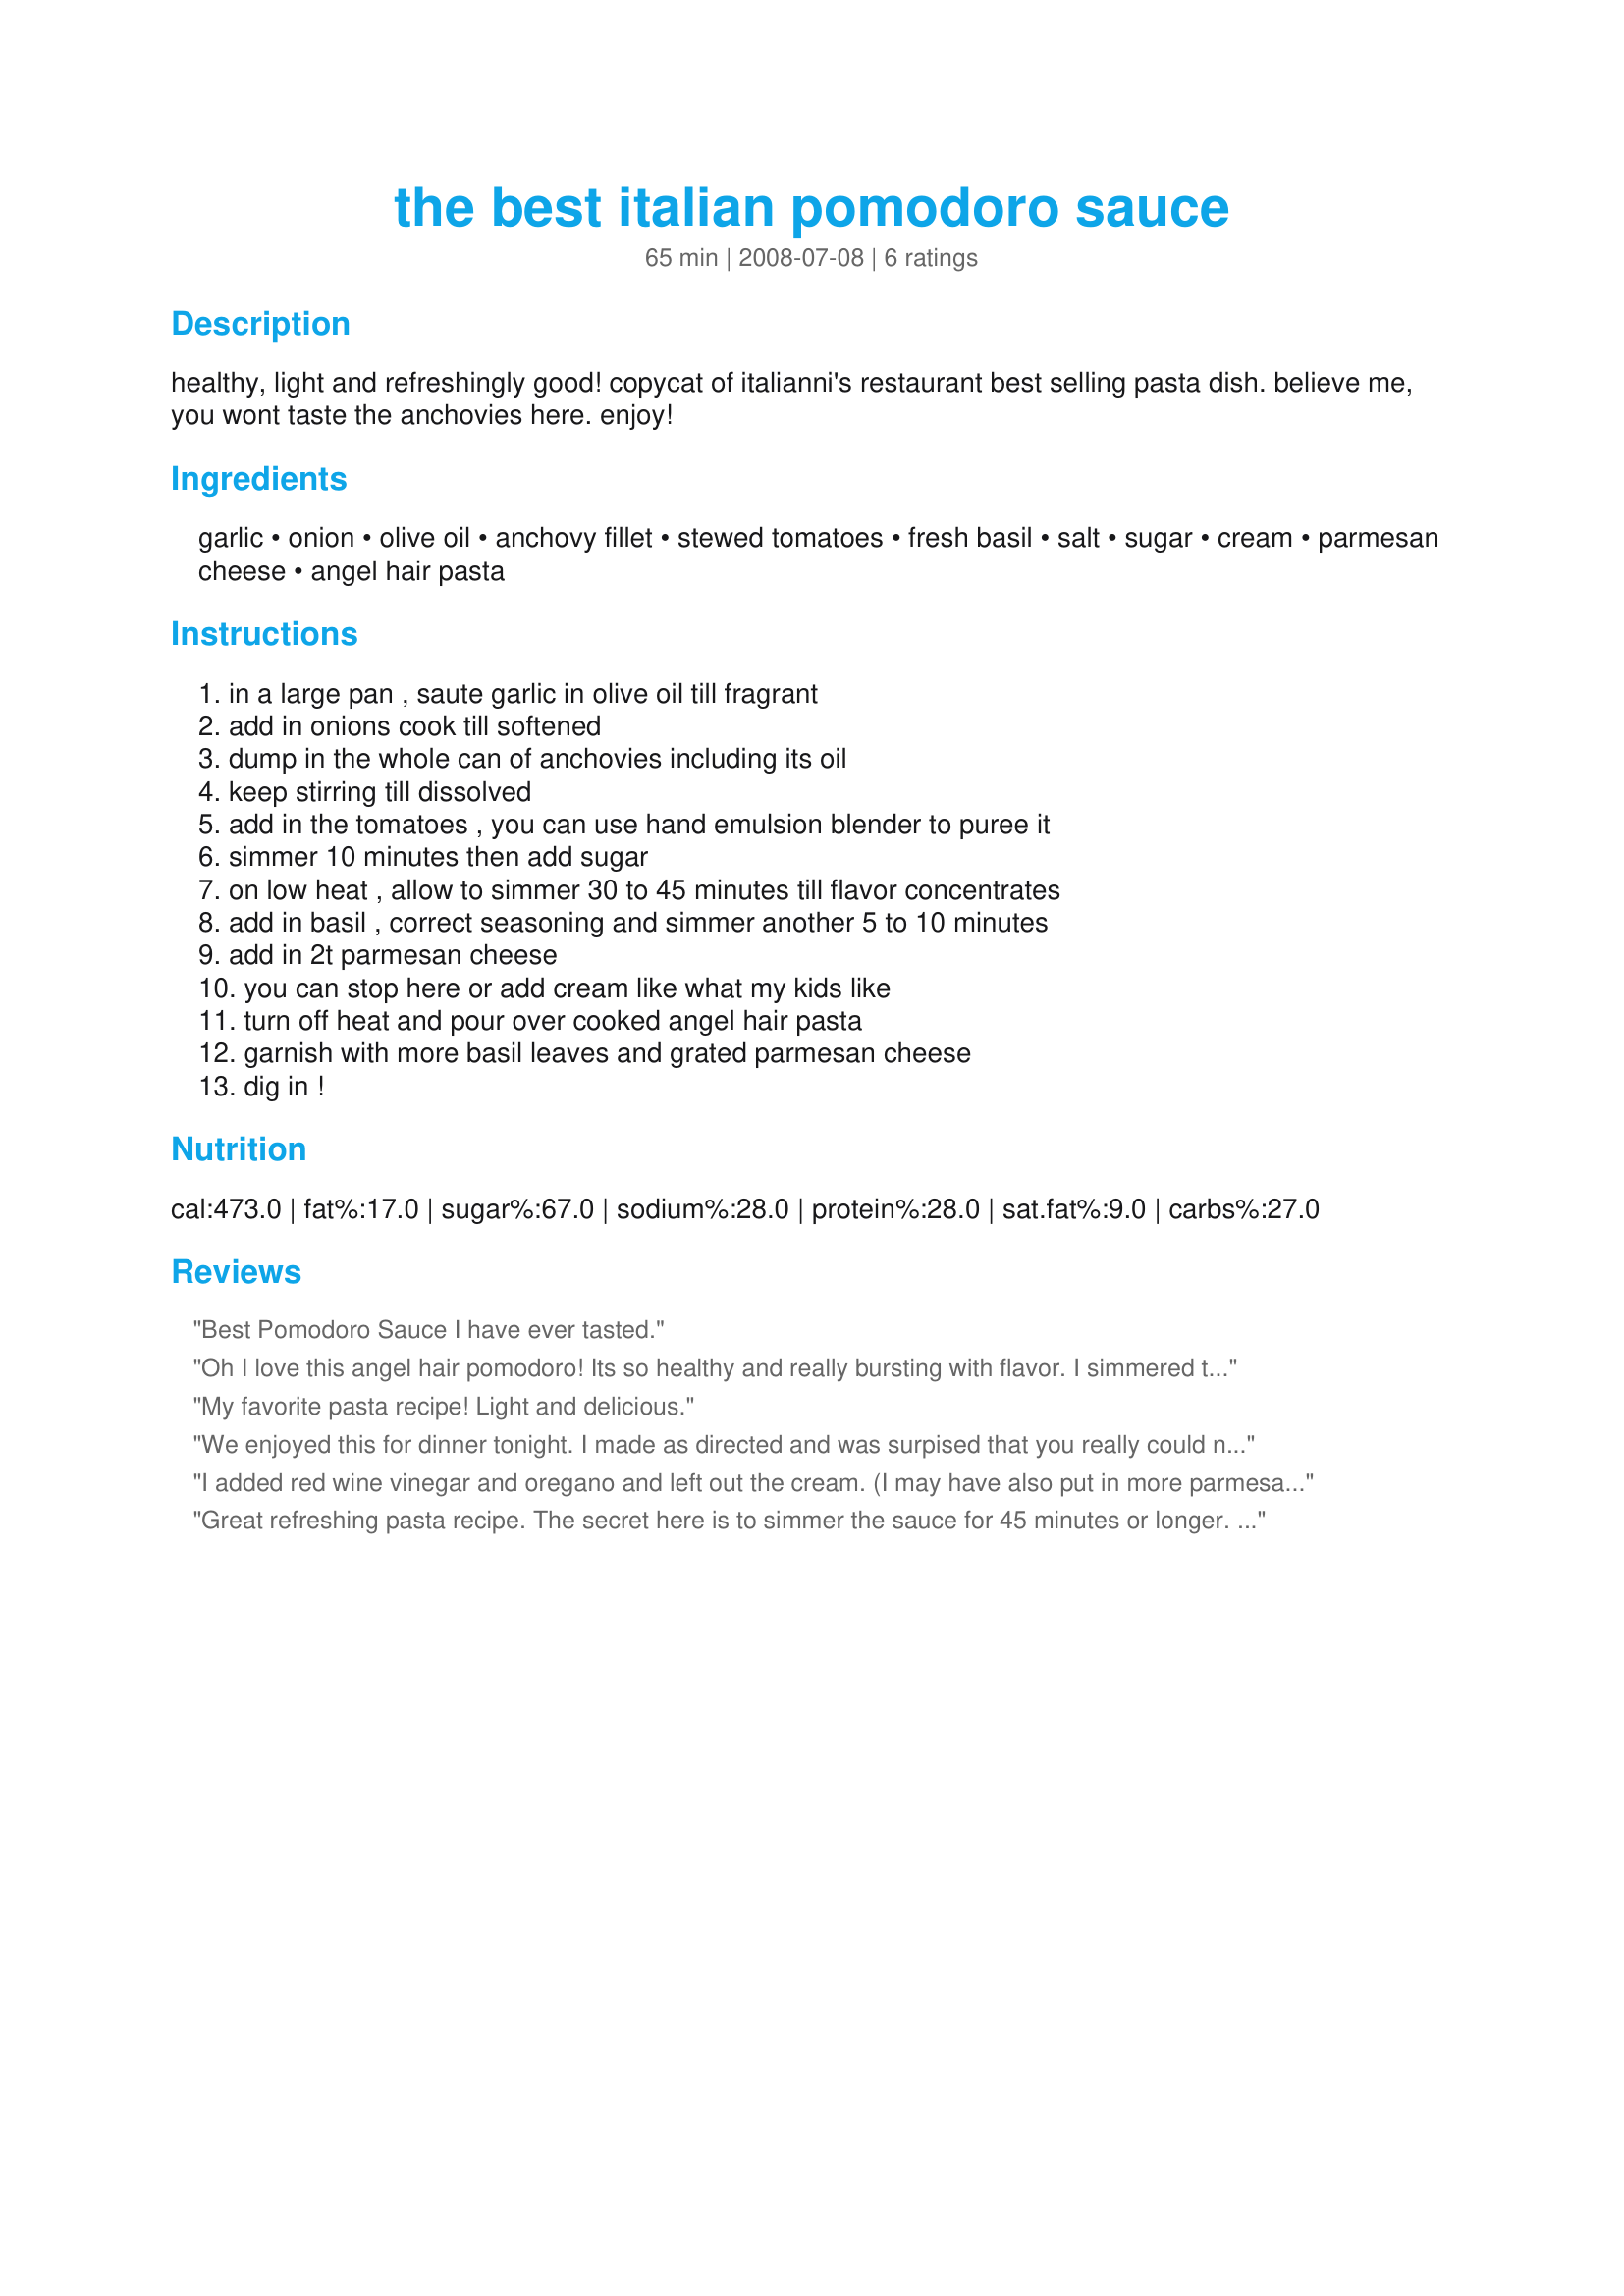
the best italian pomodoro sauce
Preparation time: 65 minutes

healthy, light and refreshingly good! copycat of italianni's restaurant best selling pasta dish. believe me, you wont taste the anchovies here. enjoy!

Ingredients:
garlic, onion, olive oil, anchovy fillet, stewed tomatoes, fresh basil, salt, sugar, cream, parmesan cheese, angel hair pasta

Steps:
in a large pan , saute garlic in olive oil till fragrant, add in onions cook till softened, dump in the whole can of anchovies including its oil, keep stirring till dissolved, add in the tomatoes , you can use hand emulsion blender to puree it, simmer 10 minutes then add sugar, on low heat , allow to simmer 30 to 45 minutes till flavor concentrates, add in basil , correct seasoning and simmer another 5 to 10 minutes, add in 2t parmesan cheese, you can stop here or add cream like what my kids like, turn off heat and pour over cooked angel hair pasta, garnish with more basil leaves and grated parmesan cheese, dig in !

Reviews:
Best Pomodoro Sauce I have ever tasted.
Oh I love this angel hair pomodoro! Its so healthy and really bursting with flavor. I simmered this close to an hour and added cream in the end (the only unhealthy part) Boy oh boy! truly to die for! Tnx Shygirl! I tried several of your recipes and they're truly tasty!
My favorite pasta recipe! Light and delicious.
We enjoyed this for dinner tonight. I made as directed and was surpised that you really could not taste the achovies. I did add the cream about 3/4 cup. Next time I would like to make it more spicy by adding some heat to it. Thanks shygirl for posting this recipe. Made for Sprng PAC 2008.
I added red wine vinegar and oregano and left out the cream. (I may have also put in more parmesan than called for, I didn't measure). This will be the recipe I use from now on.
Great refreshing pasta recipe. The secret here is to simmer the sauce for 45 minutes or longer. Scrumptious!
